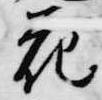
花